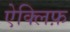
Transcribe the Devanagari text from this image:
ऐक्लिफ़